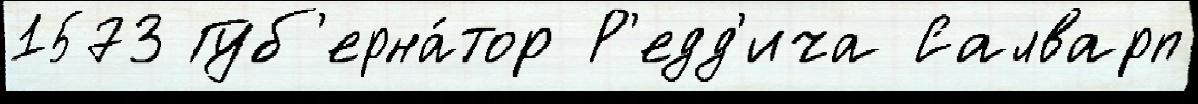
1573 Губ'ерна́тор Р'едд'ича Салварп